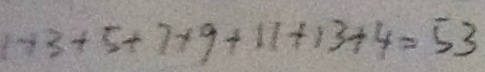
1 + 3 + 5 + 7 + 9 + 1 1 + 1 3 + 4 = 5 3